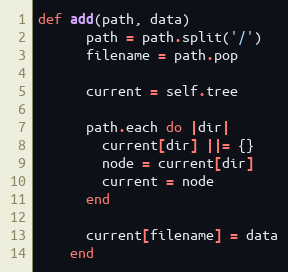
Language: Ruby
def add(path, data)
      path = path.split('/')
      filename = path.pop

      current = self.tree

      path.each do |dir|
        current[dir] ||= {}
        node = current[dir]
        current = node
      end

      current[filename] = data
    end